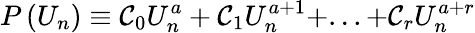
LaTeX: P\left(U_{n}\right)\equiv\mathcal{C}_{0}U_{n}^{a}+\mathcal{C}_{1}U_{n}^{a+1}+...+\mathcal{C}_{r}U_{n}^{a+r}